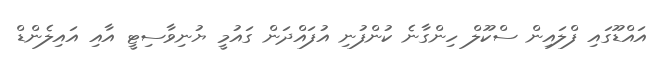
އައްޑޫގައި ފްލައިން ސްކޫލް ހިންގާނެ ކުންފުނި އުފައްދަން ގައުމީ ޔުނިވާސިޓީ އާއި އައިލެންޑް